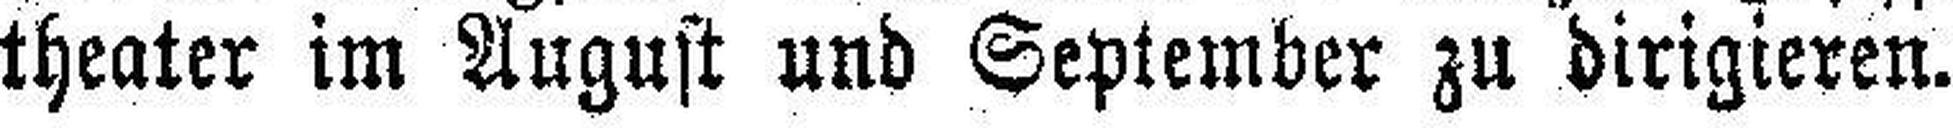
theater im August und September zu dirigieren.